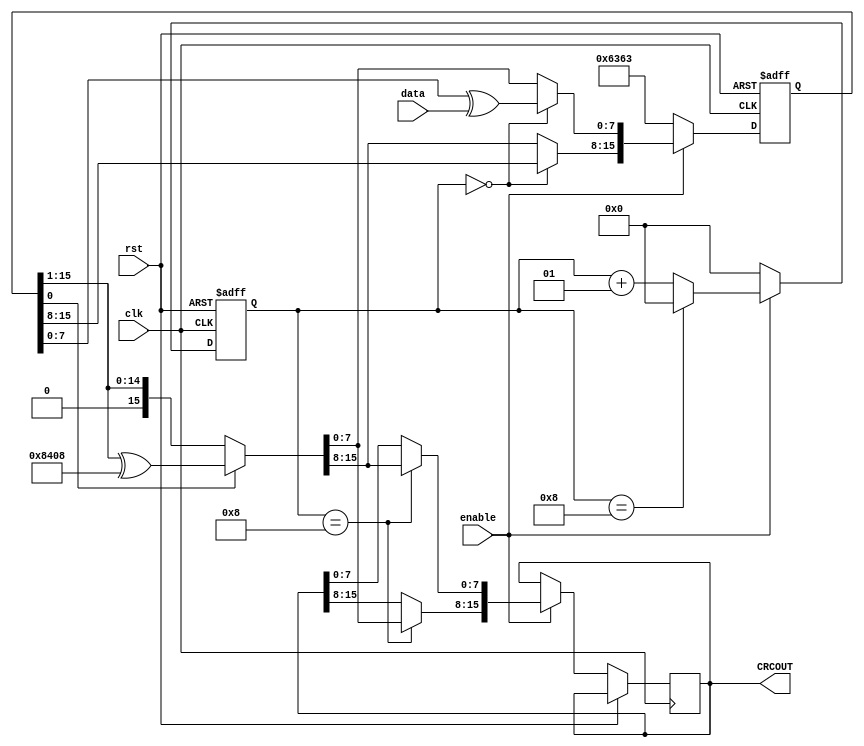
module CRC16v2(
	input wire [7:0] data,
	input wire clk,
	input wire rst,
	input wire enable,
	output reg [15:0] CRCOUT);

	parameter Ploy = 16'h8408;
	reg [15:0] crc_reg = 16'h6363;
	reg [7:0] data_reg = 8'b0;

	integer counter = 0;
	reg temp = 1'b1;

	always @(posedge clk or posedge rst) begin
		if (rst) begin
			// reset
			crc_reg = 16'h6363;
			data_reg = 8'b0;
			counter = 0;
		
		end
		else if (enable == 0) begin
			crc_reg = 16'h6363;
			data_reg = 8'b0;
			counter = 0;
		end		
		else if (enable) begin
			case(counter)
				0: begin
					data_reg = data;
					crc_reg[7:0] = crc_reg[7:0]^data_reg;
				end

				8: begin
					temp = crc_reg[0];
					crc_reg=crc_reg>>1;
					if(temp == 1) crc_reg = crc_reg^Ploy;
					CRCOUT[7:0] = crc_reg[15:8];
					CRCOUT[15:8] = crc_reg[7:0];
				end

				default: begin
					temp = crc_reg[0];
					crc_reg = crc_reg>>1;
					if(temp == 1) crc_reg = crc_reg^Ploy;
				end
			endcase

			if(counter == 8) counter = 0;
			else counter = counter + 1;
		end
	end
endmodule // CRC16v2